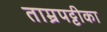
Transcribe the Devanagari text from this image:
ताम्रपट्टीका